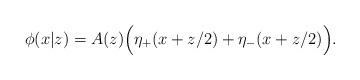
LaTeX: \begin{align*}\phi(x|z)=A(z)\Big(\eta_+(x+z/2)+\eta_-(x+z/2)\Big).\end{align*}